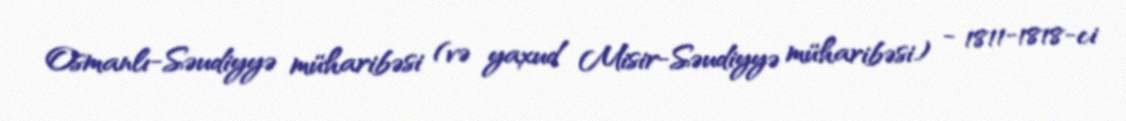
Osmanlı-Səudiyyə müharibəsi (və yaxud Misir-Səudiyyə müharibəsi) - 1811-1818-ci